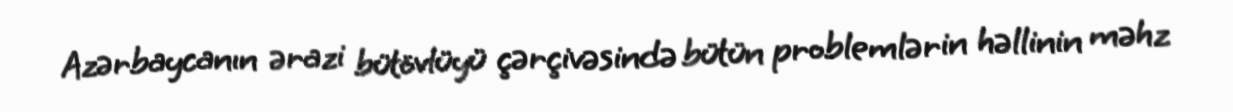
Azərbaycanın ərazi bütövlüyü çərçivəsində bütün problemlərin həllinin məhz